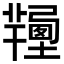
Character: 𢐽